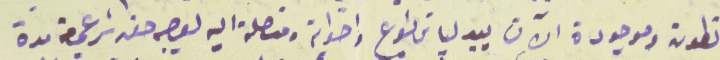
انطون وموجودة الآن بيد لياسَ ياشوع واخواته ومتصلة اليه بوجه حق شرعي من مدة